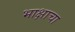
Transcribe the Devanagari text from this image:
भाक्षाचा